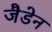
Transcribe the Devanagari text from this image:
जैडेन